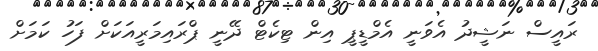
ރައީސް ނަޝީދު އެވަނީ އެމްޑީޕީ އިން ޓިކެޓް ދޭނީ ޕްރައިމަރީއަކަށް ފަހު ކަމަށް